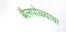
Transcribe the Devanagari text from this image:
बैलपोळ्याचा